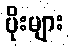
ပိုးများ